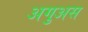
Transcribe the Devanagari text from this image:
अगुअस